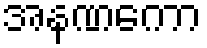
အနဏကော